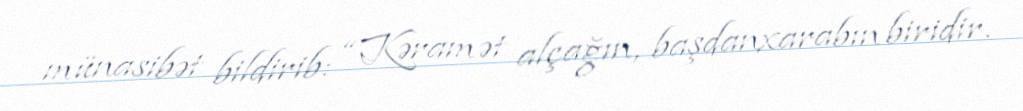
münasibət bildirib: “Kəramət alçağın, başdanxarabın biridir.